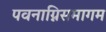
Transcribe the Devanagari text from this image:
पवनाग्निसमागम